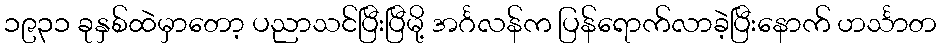
၁၉၃၁ ခုနှစ်ထဲမှာတော့ ပညာသင်ပြီးပြီမို့ အင်္ဂလန်က ပြန်ရောက်လာခဲ့ပြီးနောက် ဟင်္သာတ